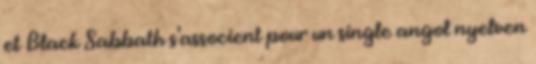
et Black Sabbath s'associent pour un single angol nyelven